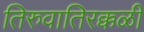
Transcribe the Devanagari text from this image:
तिरुवातिरक्कळी